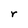
Character: r